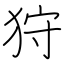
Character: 狩